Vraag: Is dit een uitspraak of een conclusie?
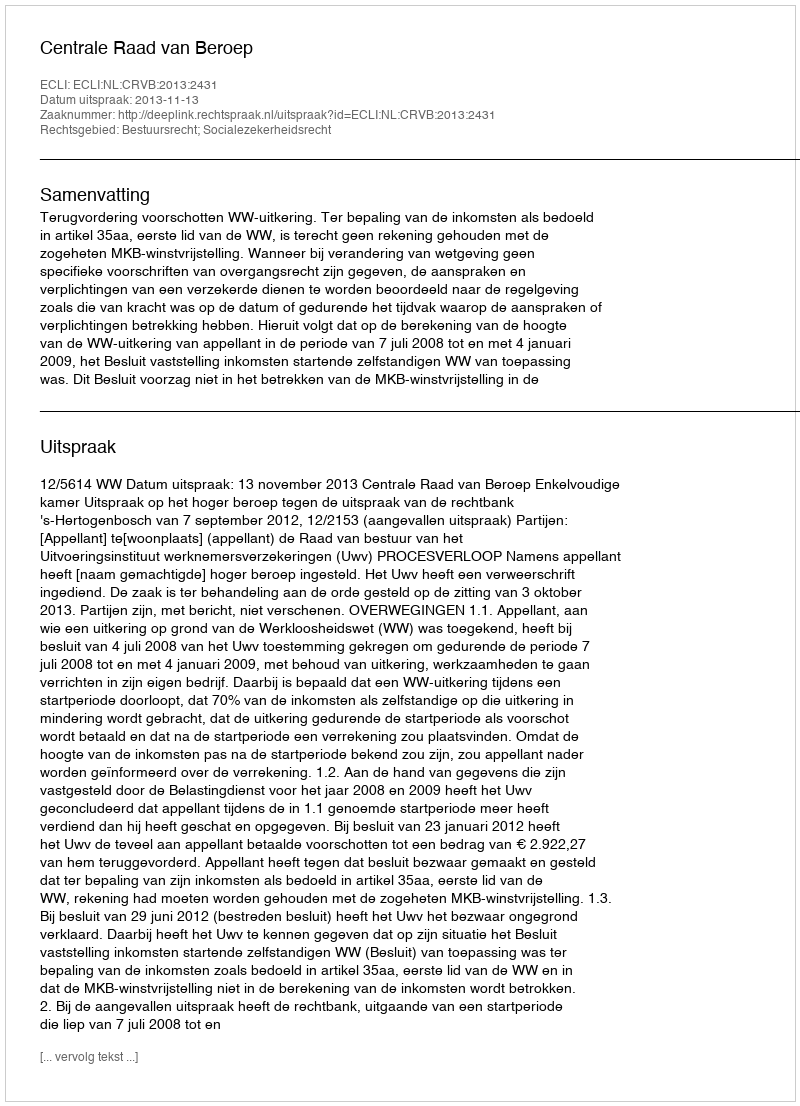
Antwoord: Uitspraak